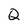
Character: Q